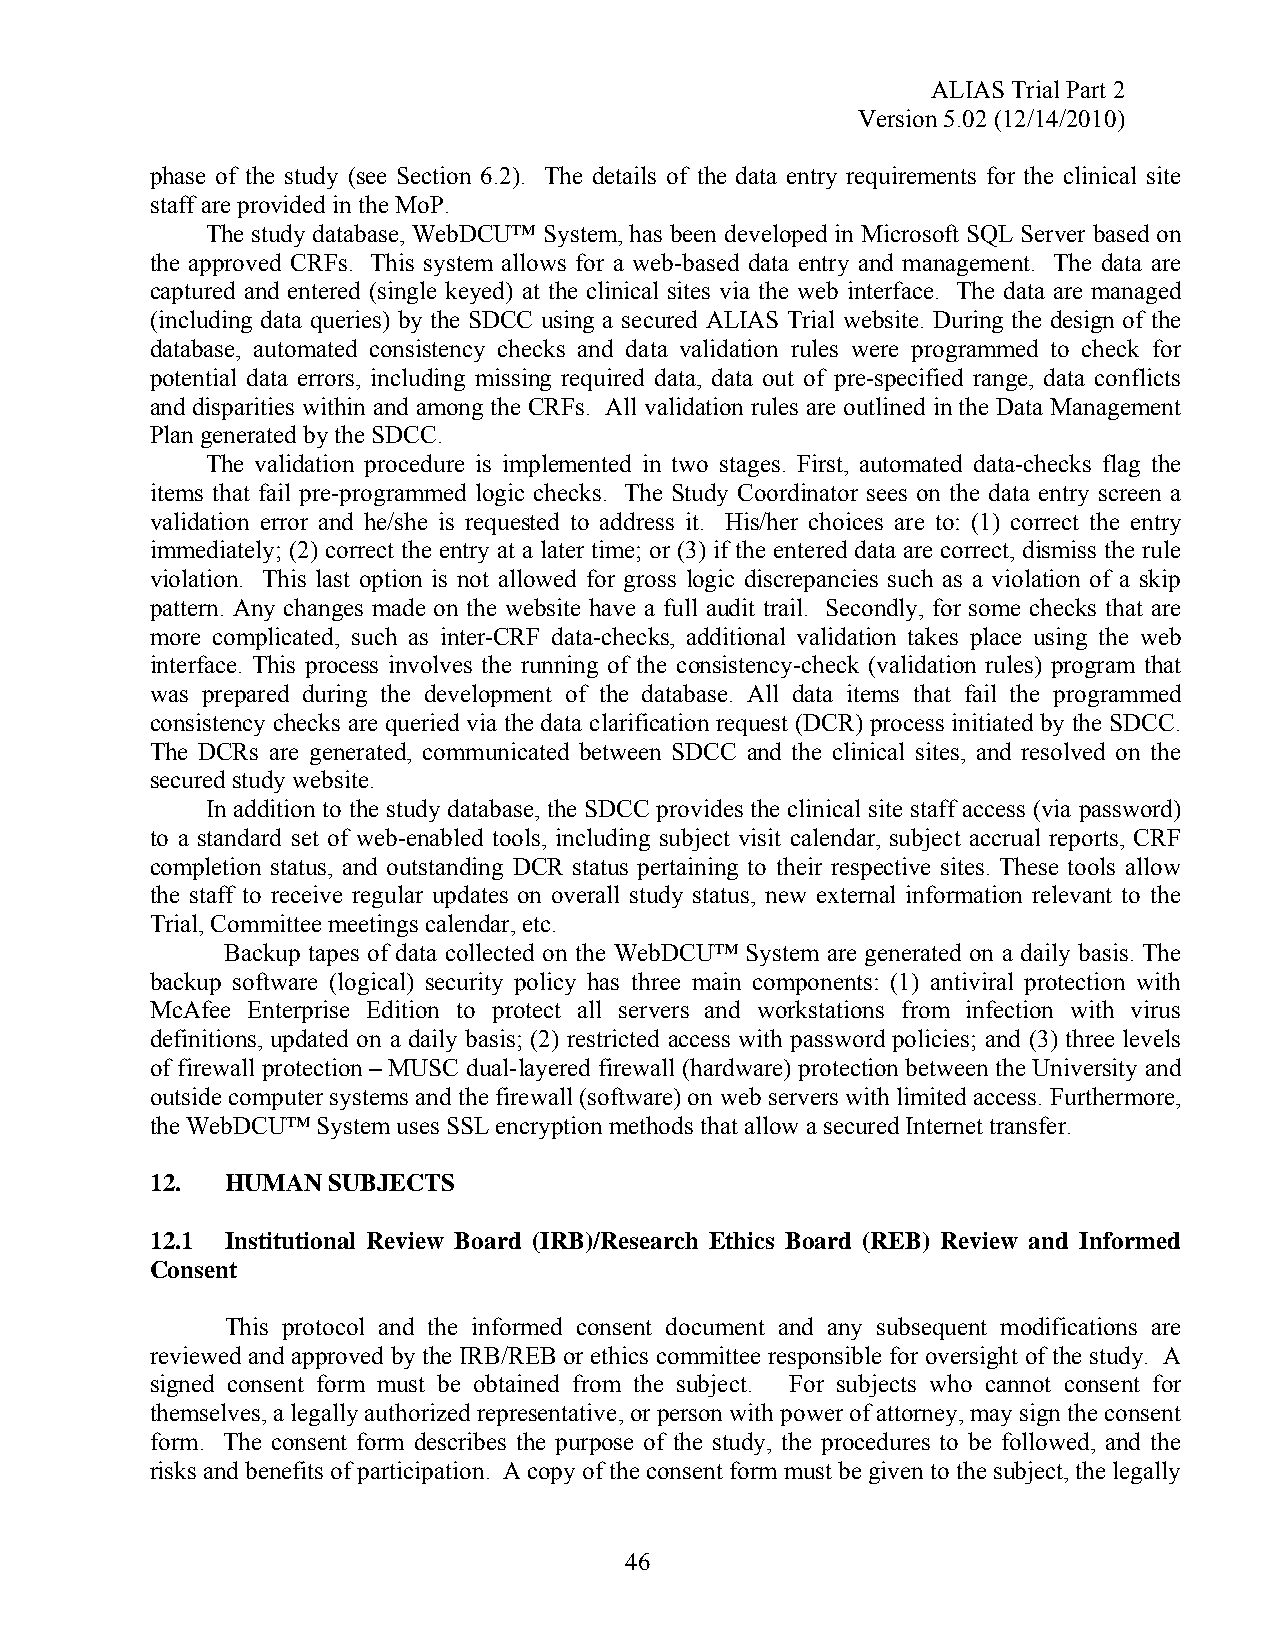
ALIAS Trial Part 2
 Version 5.02 (12/14/2010)
 phase of the study (see Section 6.2). The details of the data entry requirements for the clinical site
 staff are provided in the MoP.
 The study database, WebDCU™ System, has been developed in Microsoft SQL Server based on
 the approved CRFs. This system allows for a web-based data entry and management. The data are
 captured and entered (single keyed) at the clinical sites via the web interface. The data are managed
 (including data queries) by the SDCC using a secured ALIAS Trial website. During the design of the
 database, automated consistency checks and data validation rules were programmed to check for
 potential data errors, including missing required data, data out of pre-specified range, data conflicts
 and disparities within and among the CRFs. All validation rules are outlined in the Data Management
 Plan generated by the SDCC.
 The validation procedure is implemented in two stages. First, automated data-checks flag the
 items that fail pre-programmed logic checks. The Study Coordinator sees on the data entry screen a
 validation error and he/she is requested to address it. His/her choices are to: (1) correct the entry
 immediately; (2) correct the entry at a later time; or (3) if the entered data are correct, dismiss the rule
 violation. This last option is not allowed for gross logic discrepancies such as a violation of a skip
 pattern. Any changes made on the website have a full audit trail. Secondly, for some checks that are
 more complicated, such as inter-CRF data-checks, additional validation takes place using the web
 interface. This process involves the running of the consistency-check (validation rules) program that
 was prepared during the development of the database. All data items that fail the programmed
 consistency checks are queried via the data clarification request (DCR) process initiated by the SDCC.
 The DCRs are generated, communicated between SDCC and the clinical sites, and resolved on the
 secured study website.
 In addition to the study database, the SDCC provides the clinical site staff access (via password)
 to a standard set of web-enabled tools, including subject visit calendar, subject accrual reports, CRF
 completion status, and outstanding DCR status pertaining to their respective sites. These tools allow
 the staff to receive regular updates on overall study status, new external information relevant to the
 Trial, Committee meetings calendar, etc.
 Backup tapes of data collected on the WebDCU™ System are generated on a daily basis. The
 backup software (logical) security policy has three main components: (1) antiviral protection with
 McAfee Enterprise Edition to protect all servers and workstations from infection with virus
 definitions, updated on a daily basis; (2) restricted access with password policies; and (3) three levels
 of firewall protection – MUSC dual-layered firewall (hardware) protection between the University and
 outside computer systems and the firewall (software) on web servers with limited access. Furthermore,
 the WebDCU™ System uses SSL encryption methods that allow a secured Internet transfer.
 12.  HUMAN  SUBJECTS
 12.1 Institutional Review Board (IRB)/Research Ethics Board (REB) Review and Informed
 Consent
 This protocol and the informed consent document and any subsequent modifications are
 reviewed and approved by the IRB/REB or ethics committee responsible for oversight of the study. A
 signed consent form must be obtained from the subject. For subjects who cannot consent for
 themselves, a legally authorized representative, or person with power of attorney, may sign the consent
 form. The consent form describes the purpose of the study, the procedures to be followed, and the
 risks and benefits of participation. A copy of the consent form must be given to the subject, the legally
 46